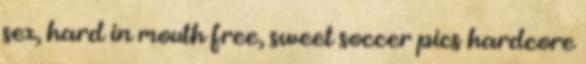
sex, hard in mouth free, sweet soccer pics hardcore